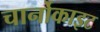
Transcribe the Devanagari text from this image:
चार्नोकाइट